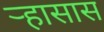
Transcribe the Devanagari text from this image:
ऱ्हासास